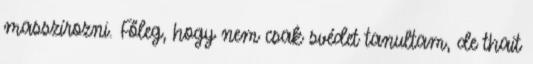
masszírozni. Főleg, hogy nem csak svédet tanultam, de thait